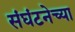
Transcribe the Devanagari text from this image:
संघंटनेच्या